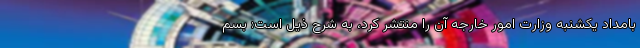
بامداد یکشنبه وزارت امور خارجه آن را منتشر کرد، به شرح ذیل است: بسم